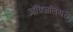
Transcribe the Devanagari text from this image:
ऑक्सिलियरी